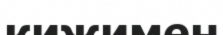
кижимен